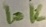
Text: 10K